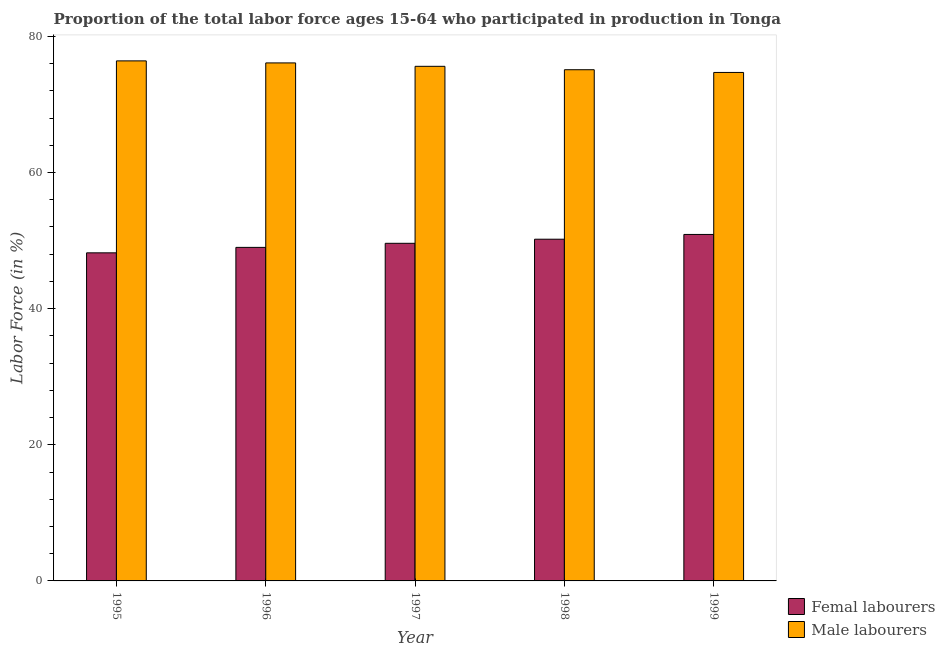
| Year | Femal labourers | Male labourers |
 | --- | --- | --- |
 | 1995 | 48.2 | 76.4 |
 | 1996 | 49 | 76.1 |
 | 1997 | 49.6 | 75.6 |
 | 1998 | 50.2 | 75.1 |
 | 1999 | 50.9 | 74.7 |